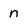
Character: n